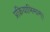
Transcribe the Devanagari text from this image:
प्रक्रियाभिमाम्।